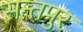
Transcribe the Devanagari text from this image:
सन्तपुर